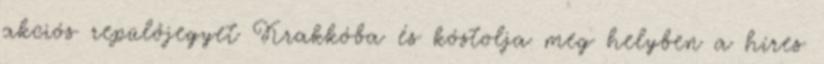
akciós repülőjegyet Krakkóba és kóstolja meg helyben a híres